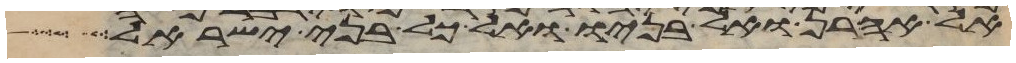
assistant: אל אהרן ואל בניו ואל כל בני ישראל